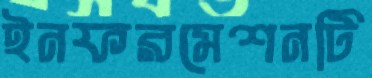
ইনফরমেশনটি